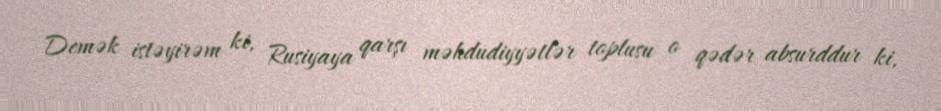
Demək istəyirəm ki, Rusiyaya qarşı məhdudiyyətlər toplusu o qədər absurddur ki,